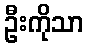
ဦးကိုသာ